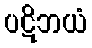
ပဋိဘယံ